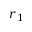
r _ { 1 }